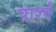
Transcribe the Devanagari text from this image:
पार्श्वं